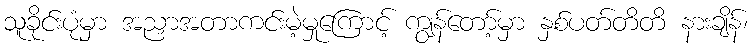
သူခိုင်းပုံမှာ အညှာအတာကင်းမဲ့မှုကြောင့် ကျွန်တော့်မှာ နှစ်ပတ်တိတိ နားချိန်၊